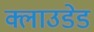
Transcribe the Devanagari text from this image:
क्लाउडेड